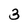
Character: 3